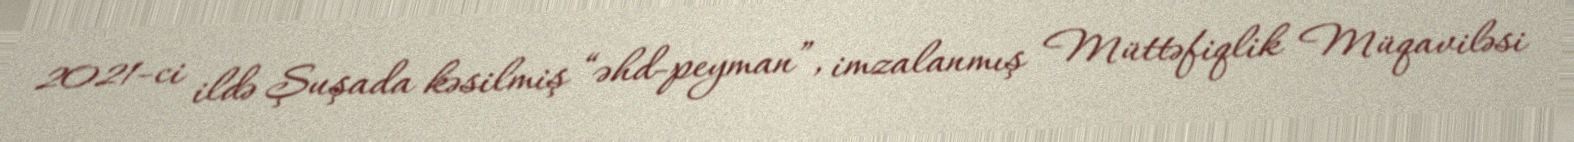
2021-ci ildə Şuşada kəsilmiş “əhd-peyman”, imzalanmış Müttəfiqlik Müqaviləsi